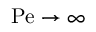
\mathrm { P e } \to \infty